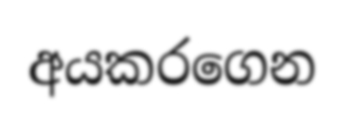
අයකරගෙන